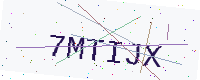
Text: 7MTIJX